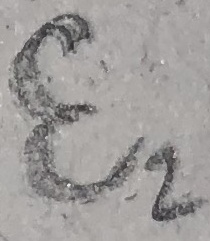
Text: E2